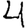
Digit: 4